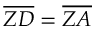
{ \overline { { Z D } } } = { \overline { { Z A } } }